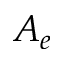
A _ { e }